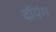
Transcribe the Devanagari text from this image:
दीपंग